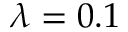
\lambda = 0 . 1